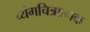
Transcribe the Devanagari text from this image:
व्यंगचित्रात्मक